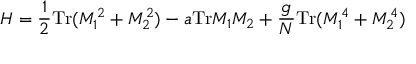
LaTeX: H = { \frac { 1 } { 2 } } \mathrm { T r } ( M _ { 1 } ^ { 2 } + M _ { 2 } ^ { 2 } ) - a \mathrm { T r } M _ { 1 } M _ { 2 } + { \frac { g } { N } } \mathrm { T r } ( M _ { 1 } ^ { 4 } + M _ { 2 } ^ { 4 } )